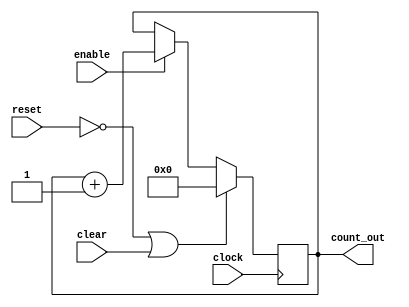
module Counter # (
    parameter NUM_OF_FF = 16
)
(
    input clock,
    input enable,
    input reset,
    input clear,
    output reg [NUM_OF_FF - 1:0] count_out
);

reg [NUM_OF_FF - 1:0] count_in;

always@(posedge clock)
begin
    count_out <= count_in;
end

always@(*)
begin
    if(!reset || clear) count_in <= 0;
    else if(enable) count_in <= count_out + 1;
    else count_in <= count_out;
end

endmodule